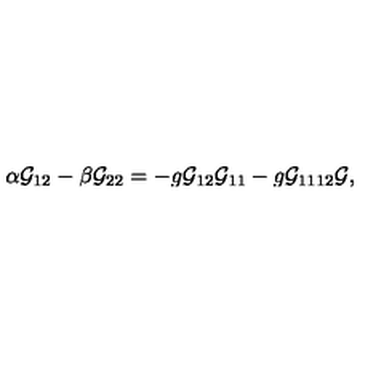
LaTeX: \alpha { \cal G } _ { 1 2 } - \beta { \cal G } _ { 2 2 } = - g { \cal G } _ { 1 2 } { \cal G } _ { 1 1 } - g { \cal G } _ { 1 1 1 2 } { \cal G } ,